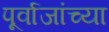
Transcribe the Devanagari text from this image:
पूर्वाजांच्या